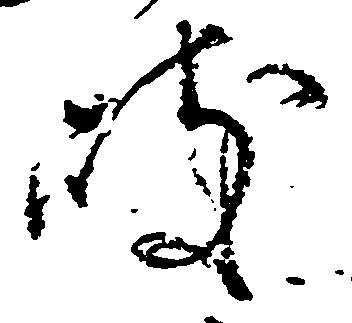
岐